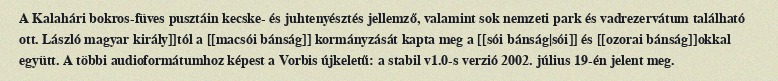
A Kalahári bokros-füves pusztáin kecske- és juhtenyésztés jellemző, valamint sok nemzeti park és vadrezervátum található ott. László magyar király]]tól a [[macsói bánság]] kormányzását kapta meg a [[sói bánság|sói]] és [[ozorai bánság]]okkal együtt. A többi audioformátumhoz képest a Vorbis újkeletű: a stabil v1.0-s verzió 2002. július 19-én jelent meg.